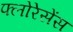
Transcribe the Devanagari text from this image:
फ्लोरेसेंस